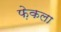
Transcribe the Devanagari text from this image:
फ़ेकला